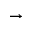
\rightarrow